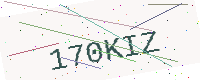
Text: 170KIZ